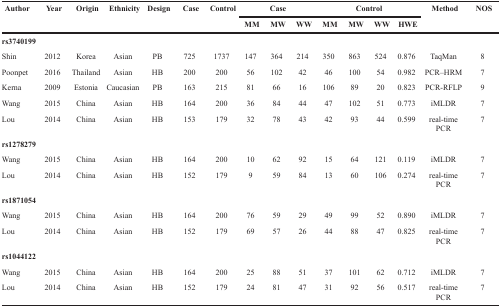
<table><thead><tr><td rowspan="2"><b>Author</b></td><td rowspan="2"><b>Year</b></td><td rowspan="2"><b>Origin</b></td><td rowspan="2"><b>Ethnicity</b></td><td rowspan="2"><b>Design</b></td><td rowspan="2"><b>Case</b></td><td rowspan="2"><b>Control</b></td><td colspan="3"><b>Case</b></td><td colspan="4"><b>Control</b></td><td rowspan="2"><b>Method</b></td><td rowspan="2"><b>NOS</b></td></tr><tr><td><b>MM</b></td><td><b>MW</b></td><td><b>WW</b></td><td><b>MM</b></td><td><b>MW</b></td><td><b>WW</b></td><td><b>HWE</b></td></tr></thead><tbody><tr><td><b>rs3740199</b></td><td></td><td></td><td></td><td></td><td></td><td></td><td></td><td></td><td></td><td></td><td></td><td></td><td></td><td></td><td></td></tr><tr><td>Shin</td><td>2012</td><td>Korea</td><td>Asian</td><td>PB</td><td>725</td><td>1737</td><td>147</td><td>364</td><td>214</td><td>350</td><td>863</td><td>524</td><td>0.876</td><td>TaqMan</td><td>8</td></tr><tr><td>Poonpet</td><td>2016</td><td>Thailand</td><td>Asian</td><td>HB</td><td>200</td><td>200</td><td>56</td><td>102</td><td>42</td><td>46</td><td>100</td><td>54</td><td>0.982</td><td>PCR–HRM</td><td>7</td></tr><tr><td>Kerna</td><td>2009</td><td>Estonia</td><td>Caucasian</td><td>PB</td><td>163</td><td>215</td><td>81</td><td>66</td><td>16</td><td>106</td><td>89</td><td>20</td><td>0.823</td><td>PCR-RFLP</td><td>9</td></tr><tr><td>Wang</td><td>2015</td><td>China</td><td>Asian</td><td>HB</td><td>164</td><td>200</td><td>36</td><td>84</td><td>44</td><td>47</td><td>102</td><td>51</td><td>0.773</td><td>iMLDR</td><td>7</td></tr><tr><td>Lou</td><td>2014</td><td>China</td><td>Asian</td><td>HB</td><td>153</td><td>179</td><td>32</td><td>78</td><td>43</td><td>42</td><td>93</td><td>44</td><td>0.599</td><td>real-time PCR</td><td>7</td></tr><tr><td><b>rs1278279</b></td><td></td><td></td><td></td><td></td><td></td><td></td><td></td><td></td><td></td><td></td><td></td><td></td><td></td><td></td><td></td></tr><tr><td>Wang</td><td>2015</td><td>China</td><td>Asian</td><td>HB</td><td>164</td><td>200</td><td>10</td><td>62</td><td>92</td><td>15</td><td>64</td><td>121</td><td>0.119</td><td>iMLDR</td><td>7</td></tr><tr><td>Lou</td><td>2014</td><td>China</td><td>Asian</td><td>HB</td><td>152</td><td>179</td><td>9</td><td>59</td><td>84</td><td>13</td><td>60</td><td>106</td><td>0.274</td><td>real-time PCR</td><td>7</td></tr><tr><td><b>rs1871054</b></td><td></td><td></td><td></td><td></td><td></td><td></td><td></td><td></td><td></td><td></td><td></td><td></td><td></td><td></td><td></td></tr><tr><td>Wang</td><td>2015</td><td>China</td><td>Asian</td><td>HB</td><td>164</td><td>200</td><td>76</td><td>59</td><td>29</td><td>49</td><td>99</td><td>52</td><td>0.890</td><td>iMLDR</td><td>7</td></tr><tr><td>Lou</td><td>2014</td><td>China</td><td>Asian</td><td>HB</td><td>152</td><td>179</td><td>69</td><td>57</td><td>26</td><td>44</td><td>88</td><td>47</td><td>0.825</td><td>real-time PCR</td><td>7</td></tr><tr><td><b>rs1044122</b></td><td></td><td></td><td></td><td></td><td></td><td></td><td></td><td></td><td></td><td></td><td></td><td></td><td></td><td></td><td></td></tr><tr><td>Wang</td><td>2015</td><td>China</td><td>Asian</td><td>HB</td><td>164</td><td>200</td><td>25</td><td>88</td><td>51</td><td>37</td><td>101</td><td>62</td><td>0.712</td><td>iMLDR</td><td>7</td></tr><tr><td>Lou</td><td>2014</td><td>China</td><td>Asian</td><td>HB</td><td>152</td><td>179</td><td>24</td><td>81</td><td>47</td><td>31</td><td>92</td><td>56</td><td>0.517</td><td>real-time PCR</td><td>7</td></tr></tbody></table>